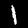
Label: 1